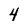
Character: 4